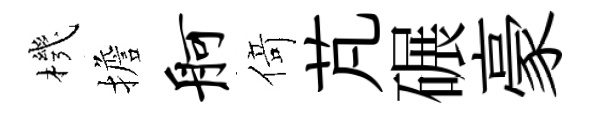
機擔舸𠋣芃碾豪